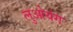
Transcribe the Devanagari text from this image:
लुओयंग